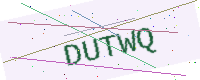
Text: DUTWQ